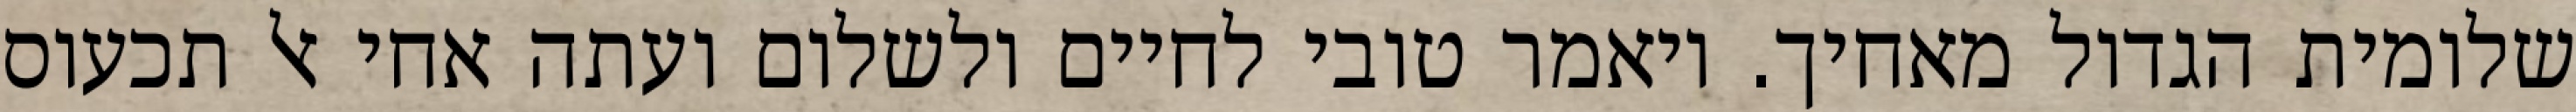
שלומית הגדול מאחיך. ויאמר טובי לחיים ולשלום ועתה אחי אל תכעוס